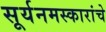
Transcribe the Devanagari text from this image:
सूर्यनमस्कारांचे